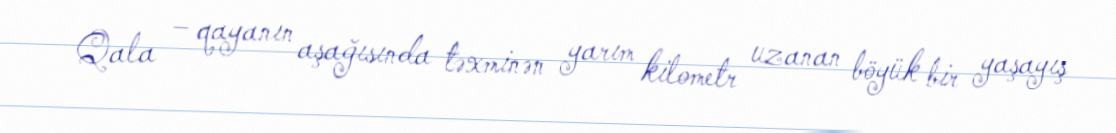
Qala – qayanın aşağısında təxminən yarım kilometr uzanan böyük bir yaşayış